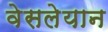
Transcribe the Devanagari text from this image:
वेसलेयान